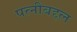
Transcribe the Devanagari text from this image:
पत्नीबद्दल